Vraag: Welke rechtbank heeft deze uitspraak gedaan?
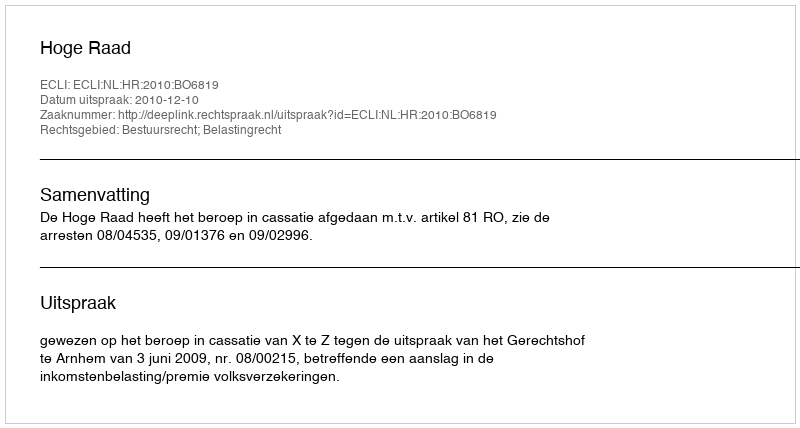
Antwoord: Hoge Raad